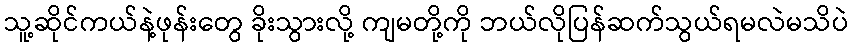
သူ့ဆိုင်ကယ်နဲ့ဖုန်းတွေ ခိုးသွားလို့ ကျမတို့ကို ဘယ်လိုပြန်ဆက်သွယ်ရမလဲမသိပဲ